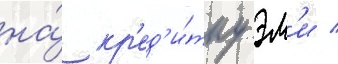
на́ кр'ед'и́тку эм'и /